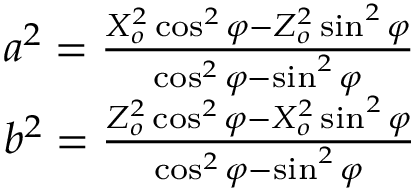
\begin{array} { r l } & { a ^ { 2 } = \frac { X _ { o } ^ { 2 } \cos ^ { 2 } \varphi - Z _ { o } ^ { 2 } \sin ^ { 2 } \varphi } { \cos ^ { 2 } \varphi - \sin ^ { 2 } \varphi } } \\ & { b ^ { 2 } = \frac { Z _ { o } ^ { 2 } \cos ^ { 2 } \varphi - X _ { o } ^ { 2 } \sin ^ { 2 } \varphi } { \cos ^ { 2 } \varphi - \sin ^ { 2 } \varphi } } \end{array}